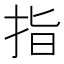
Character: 指